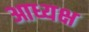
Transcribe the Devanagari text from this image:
आध्यक्ष